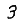
Digit: 3